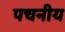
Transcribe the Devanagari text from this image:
पचनीय